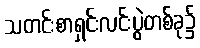
သတင်းစာရှင်းလင်းပွဲတစ်ခု၌